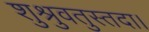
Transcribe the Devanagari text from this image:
शुश्रुवतुस्तदा।